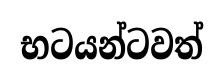
භටයන්ටවත්